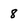
Character: 8